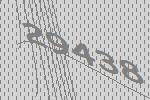
29438